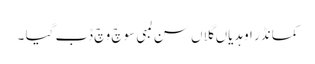
کمانڈر اوہدیاں گلاں سن لمبی سوچ وچ ڈب گیا ۔